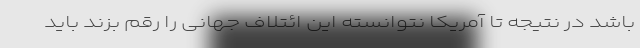
باشد در نتیجه تا آمریکا نتوانسته این ائتلاف جهانی را رقم بزند باید